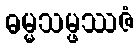
ဓမ္မသမ္ဖဿဇံ